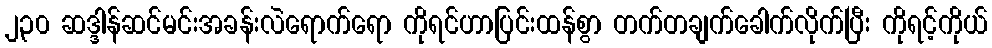
၂၃၀ ဆဒ္ဒါန်ဆင်မင်းအခန်းလဲရောက်ရော ကိုရင်ဟာပြင်းထန်စွာ တက်တချက်ခေါက်လိုက်ပြီး ကိုရင့်ကိုယ်